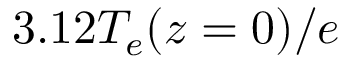
3 . 1 2 T _ { e } ( z = 0 ) / e